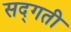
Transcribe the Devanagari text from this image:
सद्‌गती